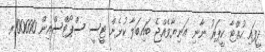
ދީފައި ހުއްޓާ ކީޕަރު ނާނި އަނިޔާވެއްޖެ ބައިބަލާ ކުޅެން ޓީސީ ސްޕޯޓްސްއިން 100000ރ.